Report on enteric fever
Disease focus: Fever
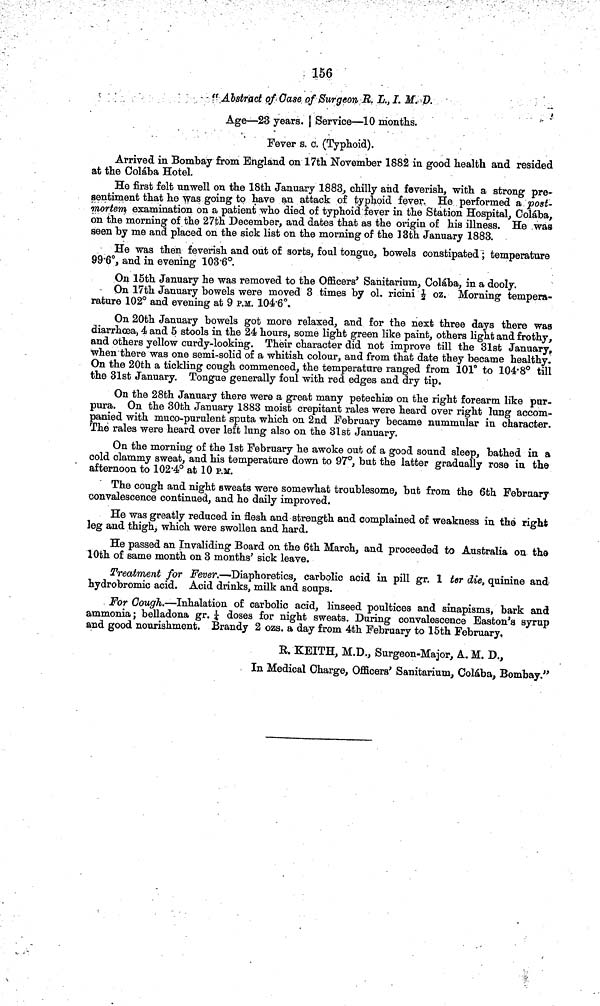
156
" Abstract of Case of Surgeon R. L., I. M. D.
Age—23 years. | Service—10 months.
Fever s. c. (Typhoid).
Arrived in Bombay from England on 17th November 1882 in good health and resided
at the Colába Hotel.
He first felt unwell on the 18th January 1883, chilly and feverish, with a strong pre-
sentiment that he was going to have an attack of typhoid fever. He performed a post-
mortem examination on a patient who died of typhoid fever in the Station Hospital, Colába,
on the morning of the 27th December, and daces that as the origin of his illness. He was
seen by me and placed on the sick list on the morning of the 13th January 1883.
He was then feverish and out of sorts, foul tongue, bowels constipated; temperature
99 6°, and in evening 103 6°.
On 15th January he was removed to the Officers' Sanitarium, Colába, in a dooly.
On 17th January bowels were moved 3 times by ol. ricini ½ oz. Morning tempera-
rature 102° and evening at 9 P.M. 104 6°.
On 20th January bowels got more relaxed, and for the next three days there was
diarrhoea, 4 and 5 stools in the 24 hours, some light green like paint, others light and frothy,
and others yellow curdy-looking. Their character did not improve till the 31st January,
when there was one semi-solid of a whitish colour, and from that date they became healthy.
On the 20th a tickling cough commenced, the temperature ranged from 101° to 104 8° till
the 31st January. Tongue generally foul with red edges and dry tip.
On the 28th January there were a great many petechiæ on the right forearm like pur-
pura. On the 30th January 1883 moist crepitant rales were heard over right lung accom-
panied with muco-purulent sputa which on 2nd February became nummular in character.
The rales were heard over left lung also on the 31st January.
On the morning of the 1st February he awoke out of a good sound sleep, bathed in a
cold clammy sweat, and his temperature down to 97°, bub the latter gradually rose in the
afternoon to 102 4° at 10 P.M.
The cough and night sweats were somewhat troublesome, but from the 6th February
convalescence continued, and he daily improved.
He was greatly reduced in flesh and strength and complained of weakness in the right
leg and thigh, which were swollen and hard.
He passed an Invaliding Board on the 6th March, and proceeded to Australia on the
10th of same month on 3 months' sick leave.
Treatment for Fever.—Diaphoretics, carbolic acid in pill gr. 1 ter die, quinine and
hydrobromic acid. Acid drinks, milk and soups.
For Cough.—Inhalation of carbolic acid, linseed poultices and sinapisms, bark and
ammonia; belladona gr. ¼ doses for night sweats. During convalescence Easton's syrup
and good nourishment. Brandy 2 ozs. a day from 4th February to 15th February,
R. KEITH, M.D., Surgeon-Major, A. M. D.,
In Medical Charge, Officers' Sanitarium, Colába, Bombay."